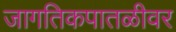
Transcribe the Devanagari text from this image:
जागतिकपातळीवर